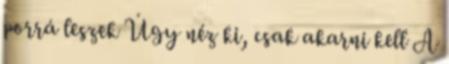
porrá leszek Úgy néz ki, csak akarni kell A